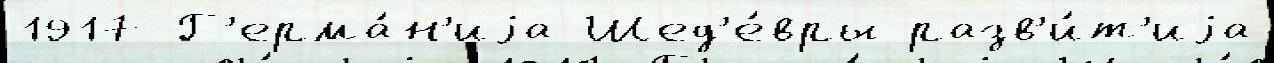
1917 Г'ерма́н'иjа Шед'е́вры разв'и́т'иjа